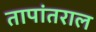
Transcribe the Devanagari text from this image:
तापांतराल